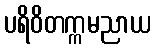
ပရိဝိတက္ကမညာယ